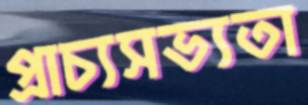
প্রাচ্যসভ্যতা